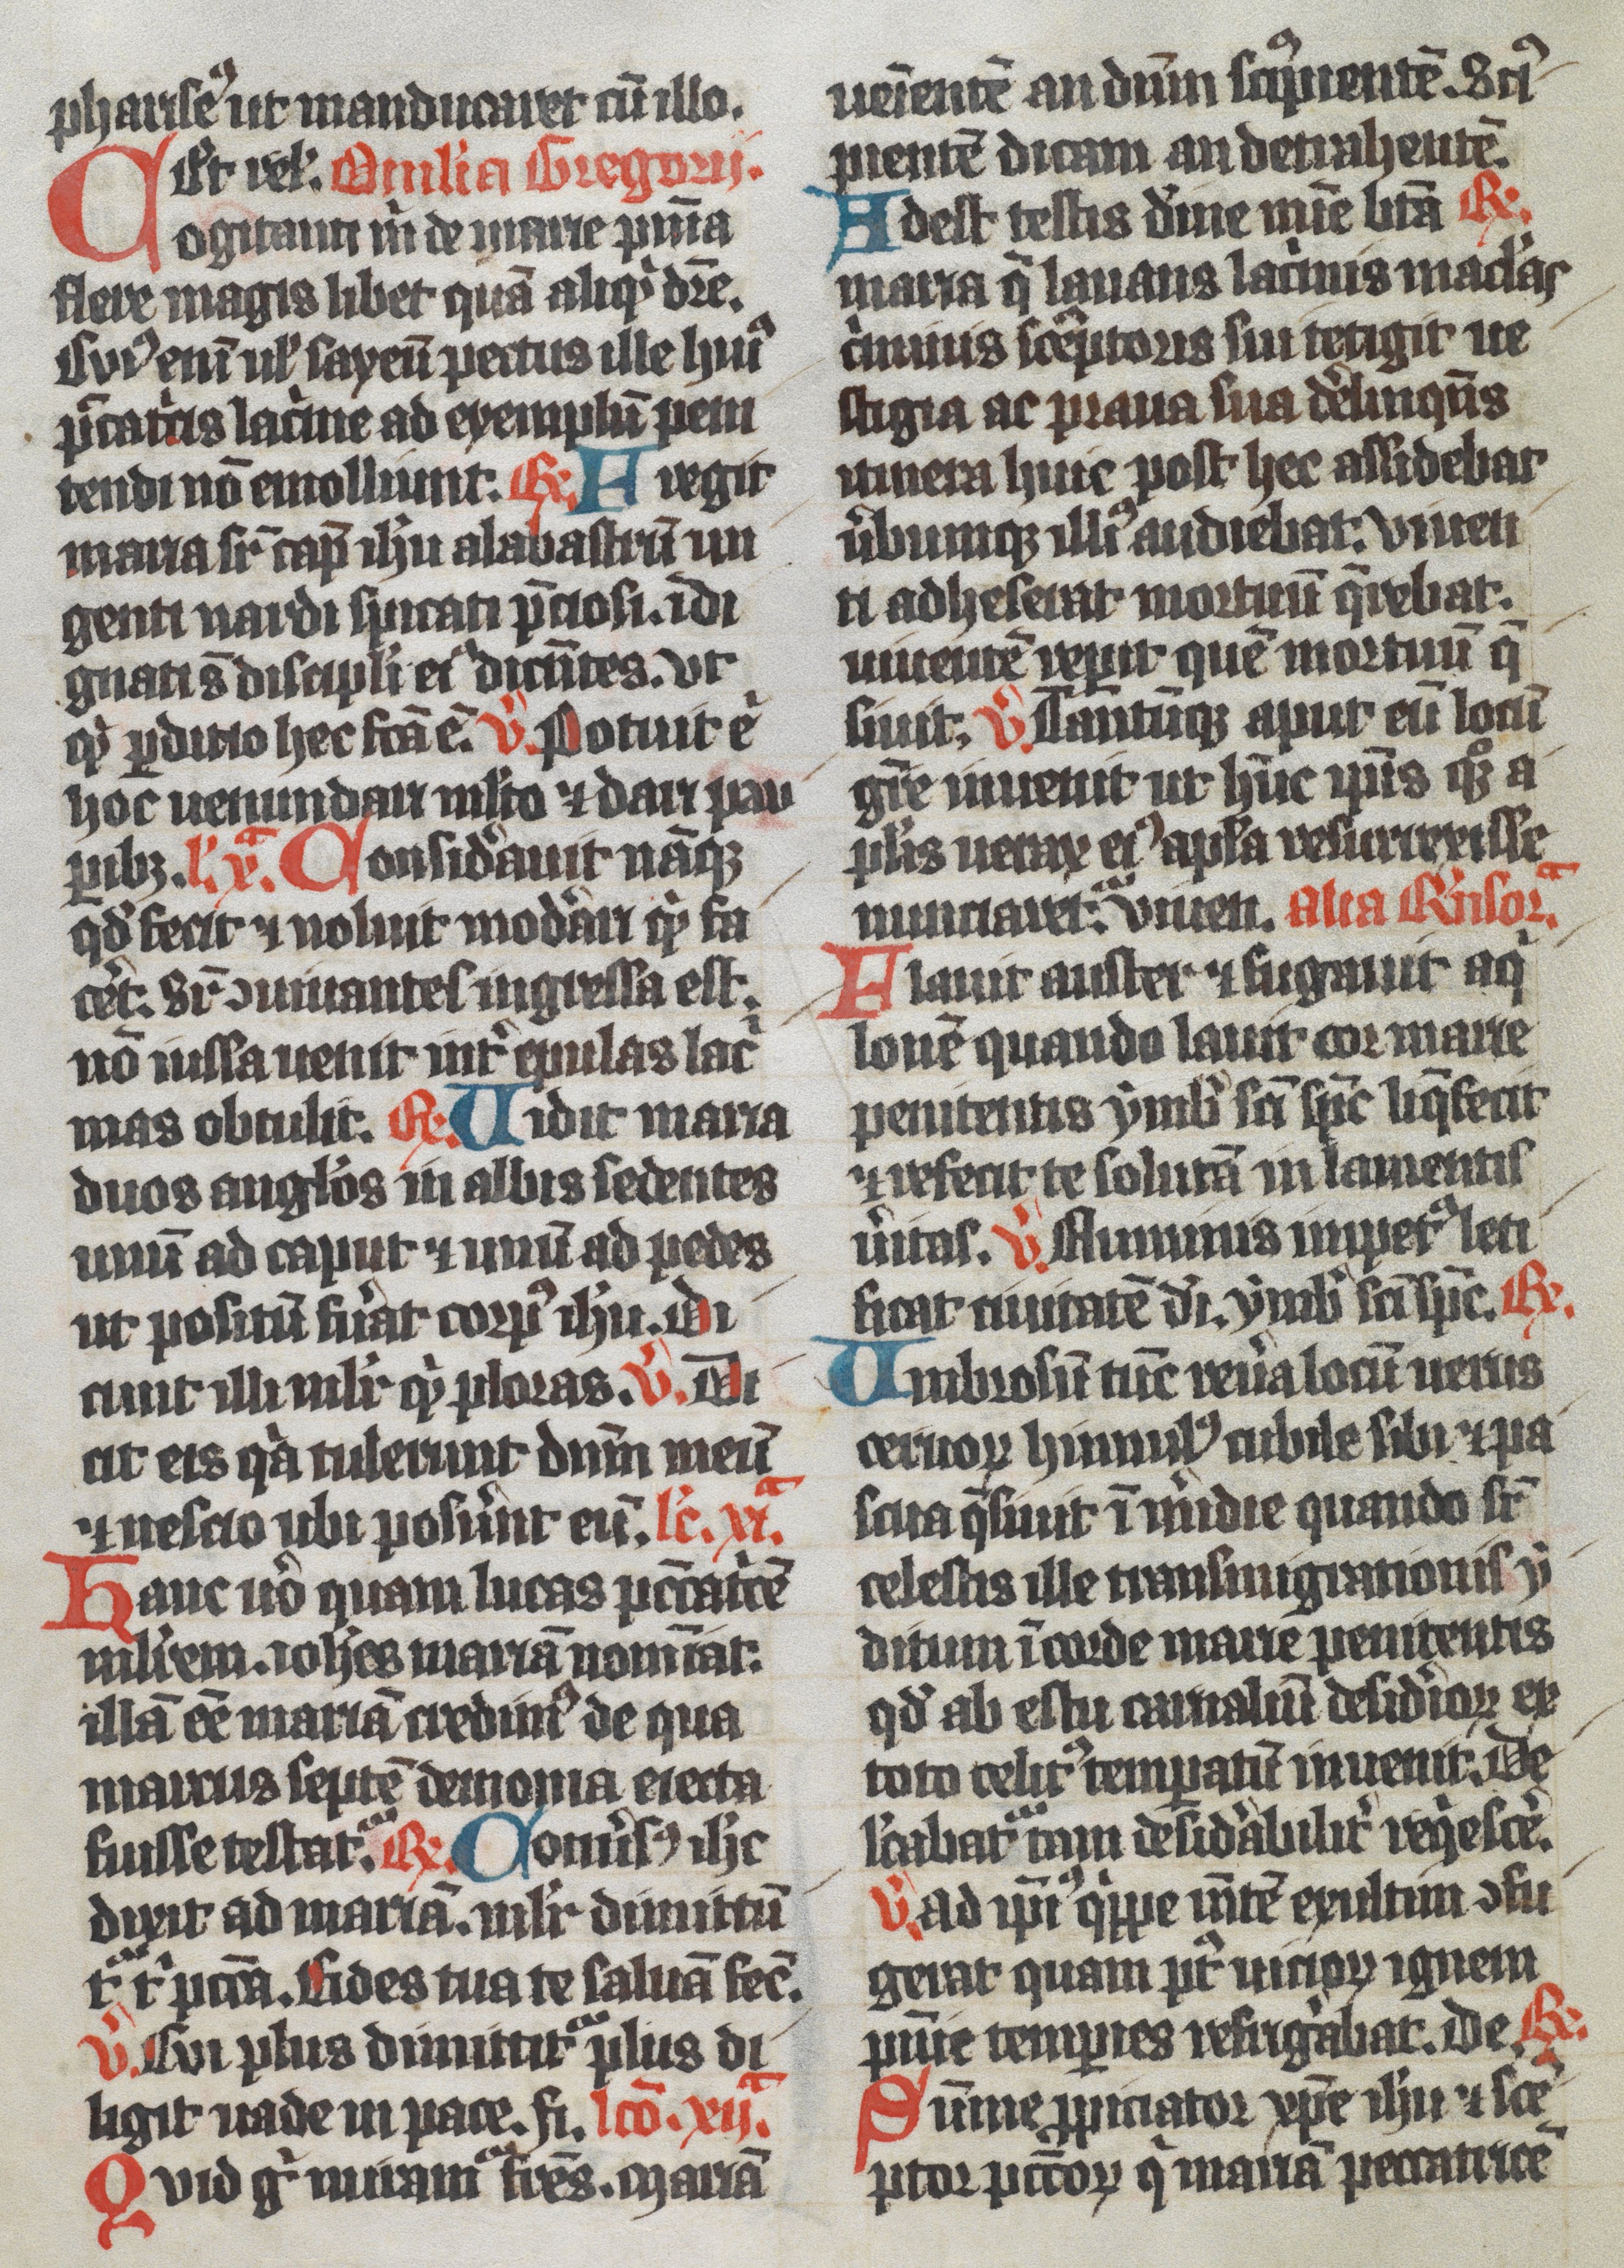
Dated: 1350–1399